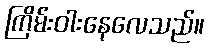
ကြိမ်းဝါးနေလေသည်။